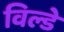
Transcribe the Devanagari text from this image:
विल्डे